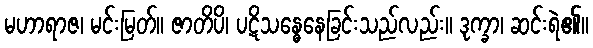
မဟာရာဇ၊ မင်းမြတ်။ ဇာတိပိ၊ ပဋိသန္ဓေနေခြင်းသည်လည်း။ ဒုက္ခာ၊ ဆင်းရဲ၏။